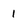
Character: 1